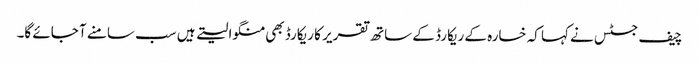
چیف جسٹس نے کہا کہ خسارہ کے ریکارڈ کے ساتھ تقریر کا ریکارڈ بھی منگوا لیتے ہیں سب سامنے آ جائے گا۔